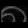
Digit: ၈